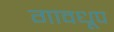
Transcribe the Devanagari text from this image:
गावधूप